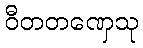
ဝီတတဏှေသု